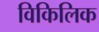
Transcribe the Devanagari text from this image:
विकिलिक